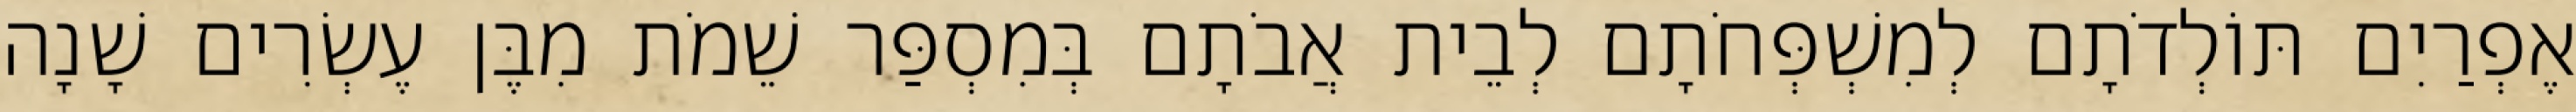
אֶפְרַיִם תּוֹלְדֹתָם לְמִשְׁפְּחֹתָם לְבֵית אֲבֹתָם בְּמִסְפַּר שֵׁמֹת מִבֶּן עֶשְׂרִים שָׁנָה